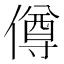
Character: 僔